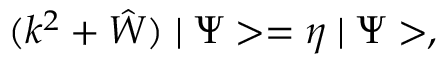
( k ^ { 2 } + \hat { W } ) \mid \Psi > = \eta \mid \Psi > ,